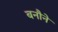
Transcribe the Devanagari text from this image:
बनौने